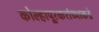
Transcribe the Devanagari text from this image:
कोल्हापूरकरांच्याकडे